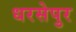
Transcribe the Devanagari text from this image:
धरसेपुर